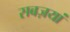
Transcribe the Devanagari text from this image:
सबज़यां